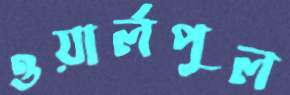
ওয়ার্লপুল